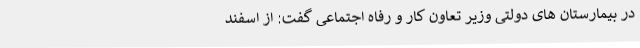
در بیمارستان های دولتی وزیر تعاون کار و رفاه اجتماعی گفت: از اسفند